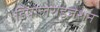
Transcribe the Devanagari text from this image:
डिपोलराइज़ेशन